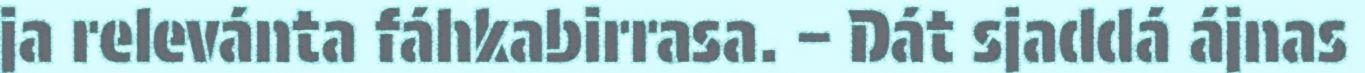
ja relevánta fáhkabirrasa. – Dát sjaddá ájnas